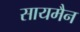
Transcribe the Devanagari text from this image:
सायमैन